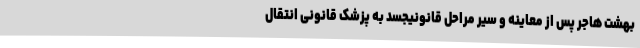
بهشت هاجر پس از معاینه و سیر مراحل قانونیجسد به پزشک قانونی انتقال